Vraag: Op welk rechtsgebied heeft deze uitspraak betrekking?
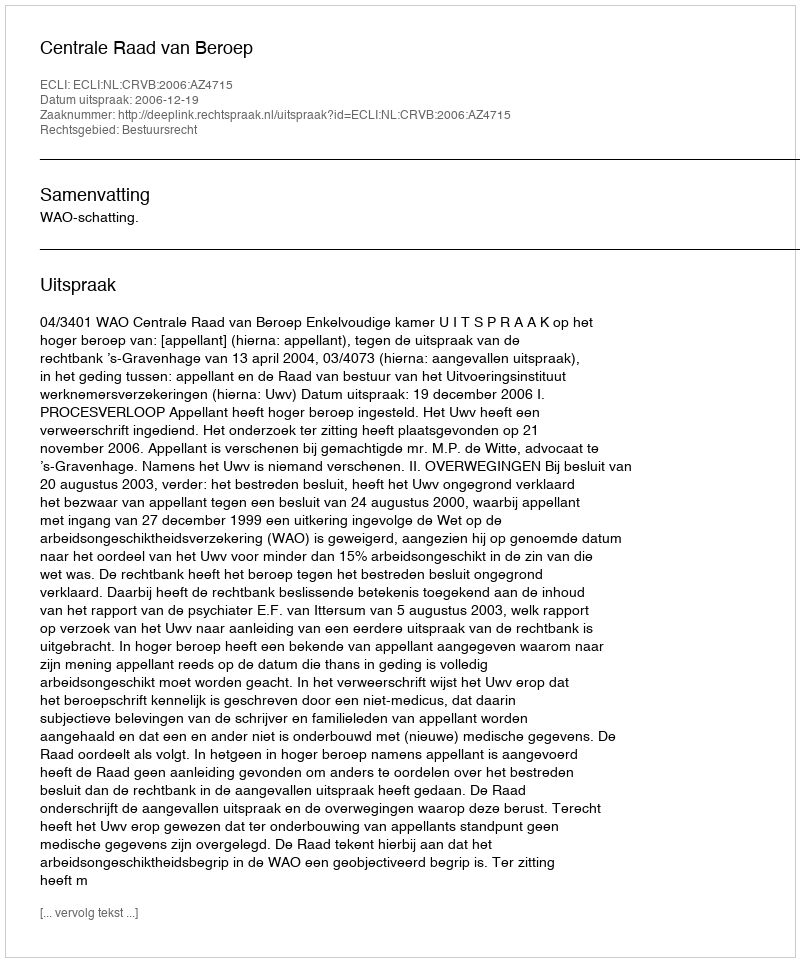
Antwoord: Bestuursrecht